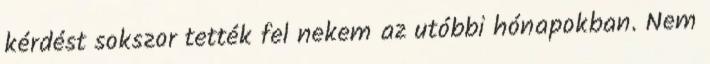
kérdést sokszor tették fel nekem az utóbbi hónapokban. Nem